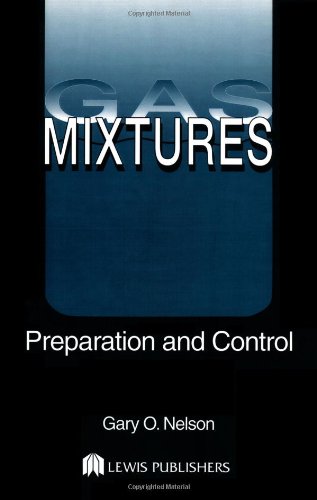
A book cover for Gas Mixtures: Preparation and Control; Gary Nelson; Science & Math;